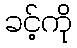
ခင့်ကို